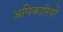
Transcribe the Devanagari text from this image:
अघिकारियों